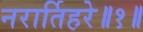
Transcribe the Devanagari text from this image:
नरार्तिहरे॥१॥